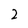
Character: 2